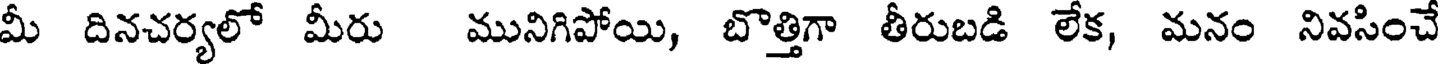
మీ దినచర్యలో మీరు మునిగిపోయి, బొత్తిగా తీరుబడి లేక, మనం నివసించే